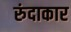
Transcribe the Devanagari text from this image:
रुंदाकार